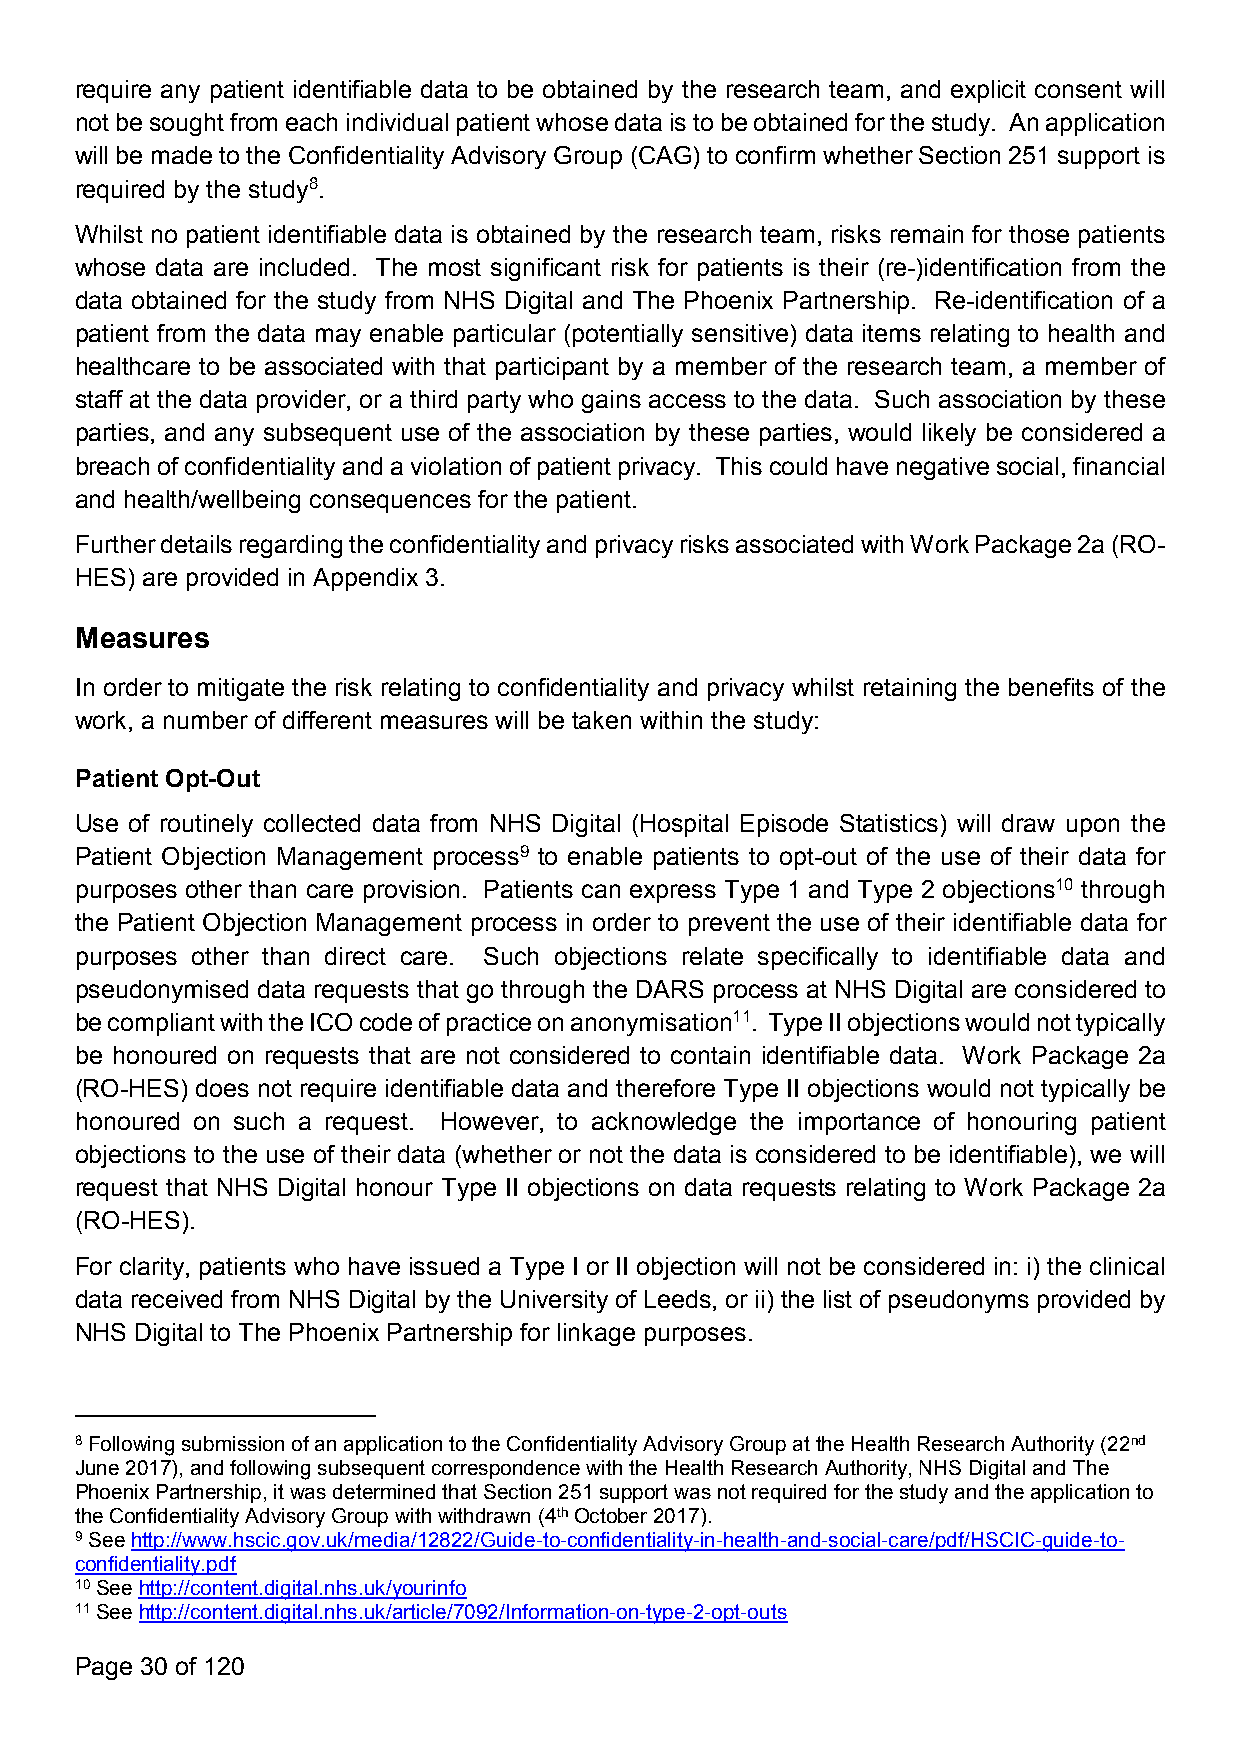
require any patient identifiable data to be obtained by the research team, and explicit consent will
 notbesoughtfromeachindividualpatientwhosedataistobeobtainedforthestudy. Anapplication
 will be made to the ConfidentialityAdvisoryGroup (CAG) to confirm whether Section 251 support is
 required by the study8.
 Whilst no patient identifiable data is obtained by the research team, risks remain for those patients
 whose data are included. The most significant risk for patients is their (re-)identification from the
 data obtained for the study from NHS Digital and The Phoenix Partnership. Re-identification of a
 patient from the data may enable particular (potentially sensitive) data items relating to health and
 healthcare to be associated with that participant by a member of the research team, a member of
 staff at the data provider, or a third party who gains access to the data. Such association by these
 parties, and any subsequent use of the association by these parties, would likely be considered a
 breachof confidentialityand a violation of patient privacy. Thiscouldhave negative social,financial
 and health/wellbeing consequences for the patient.
 FurtherdetailsregardingtheconfidentialityandprivacyrisksassociatedwithWorkPackage2a(RO-
 HES) are provided in Appendix 3.
 Measures
 In order to mitigate the risk relating to confidentiality and privacy whilst retaining the benefits of the
 work, a number of different measures will be taken within the study:
 Patient Opt-Out
 Use of routinely collected data from NHS Digital (Hospital Episode Statistics) will draw upon the
 Patient Objection Management process9 to enable patients to opt-out of the use of their data for
 purposes other than care provision. Patients can express Type 1 and Type 2 objections10 through
 the Patient Objection Management process in order to prevent the use of their identifiable data for
 purposes other than direct care. Such objections relate specifically to identifiable data and
 pseudonymised data requests that go through the DARS process at NHS Digital are considered to
 becompliantwiththeICOcodeofpracticeonanonymisation11. TypeIIobjectionswouldnottypically
 be honoured on requests that are not considered to contain identifiable data. Work Package 2a
 (RO-HES) does not require identifiable data and therefore Type II objections would not typically be
 honoured on such a request. However, to acknowledge the importance of honouring patient
 objections to the use of their data (whether or not the data is considered to be identifiable), we will
 request that NHS Digital honour Type II objections on data requests relating to Work Package 2a
 (RO-HES).
 For clarity, patients who have issued a Type I or II objection will not be considered in: i) the clinical
 data received from NHS Digital by the University of Leeds, or ii) the list of pseudonyms provided by
 NHS Digital to The Phoenix Partnership for linkage purposes.
 8FollowingsubmissionofanapplicationtotheConfidentialityAdvisoryGroupattheHealthResearchAuthority(22nd
 June2017),andfollowingsubsequentcorrespondencewiththeHealthResearchAuthority,NHSDigitalandThe
 PhoenixPartnership,itwasdeterminedthatSection251supportwasnotrequiredforthestudyandtheapplicationto
 theConfidentialityAdvisoryGroupwithwithdrawn(4thOctober2017).
 9Seehttp://www.hscic.gov.uk/media/12822/Guide-to-confidentiality-in-health-and-social-care/pdf/HSCIC-guide-to-
 confidentiality.pdf
 10Seehttp://content.digital.nhs.uk/yourinfo
 11Seehttp://content.digital.nhs.uk/article/7092/Information-on-type-2-opt-outs
 Page 30 of 120